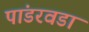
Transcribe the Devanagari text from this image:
पांडरवडा